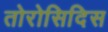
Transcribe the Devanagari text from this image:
तोरोसिदिस